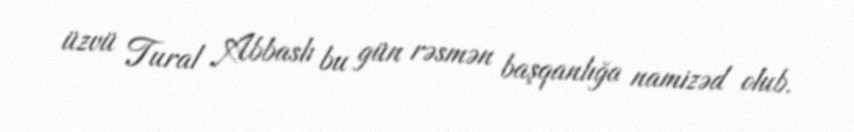
üzvü Tural Abbaslı bu gün rəsmən başqanlığa namizəd olub.